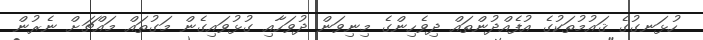
ހުޅަނގުގެ ޤައުމުތަކުގެ އުފެއްދުންތައް ދިވެހިންގެ މިނިވަން ދުވަހާއި ގުޅުވައިގެން މަގުތައް މައްޗަށް ނެރުން